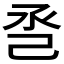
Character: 𢀷